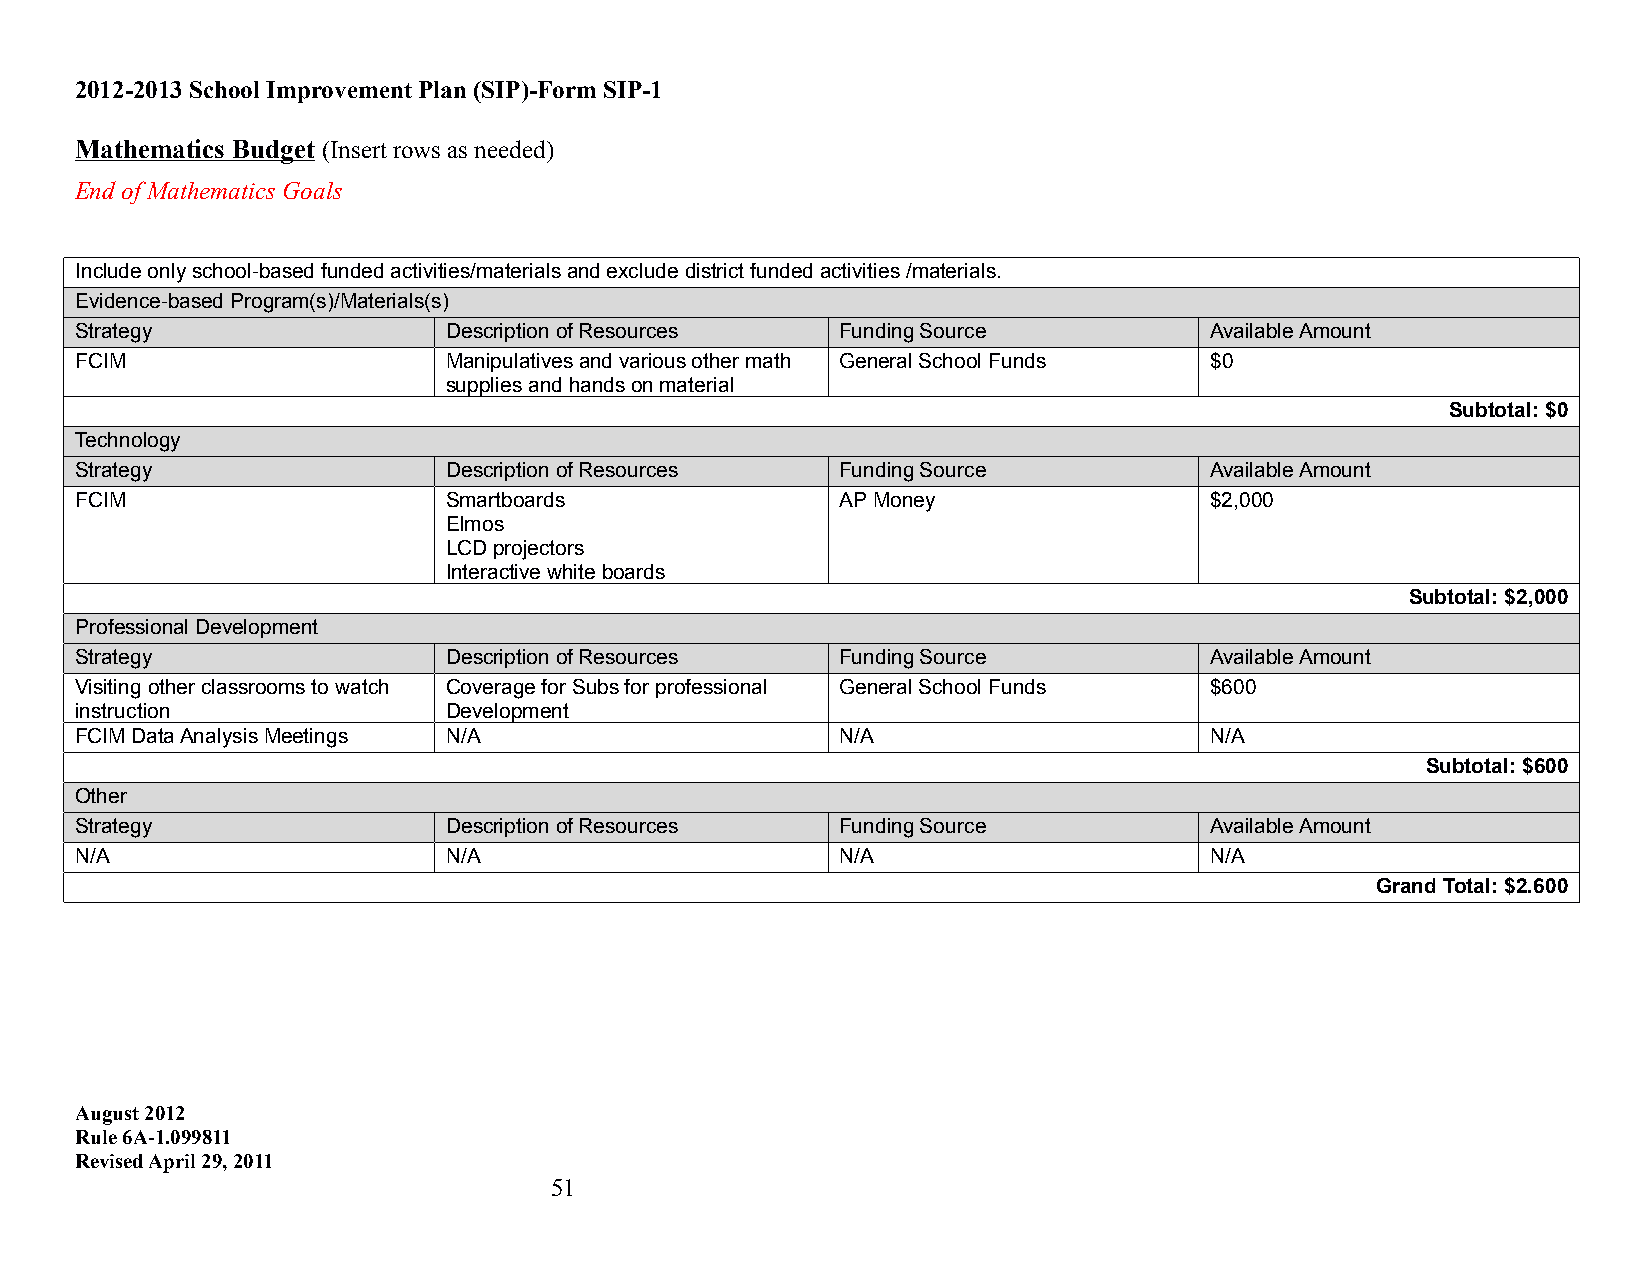
2012-2013 School Improvement Plan (SIP)-Form SIP-1
 Mathematics Budget (Insert rows as needed)
 End of Mathematics Goals
 Include only school-based funded activities/materials and exclude district funded activities /materials.
 Evidence-based Program(s)/Materials(s)
 Strategy                 Description of Resources  Funding Source          Available Amount
 FCIM                     Manipulatives and various other math General School Funds $0
 supplies and hands on material
 Subtotal: $0
 Technology
 Strategy                 Description of Resources  Funding Source          Available Amount
 FCIM                     Smartboards               AP Money                $2,000
 Elmos
 LCD projectors
 Interactive white boards
 Subtotal: $2,000
 Professional Development
 Strategy                 Description of Resources  Funding Source          Available Amount
 Visiting other classrooms to watch Coverage for Subs for professional General School Funds $600
 instruction              Development
 FCIM Data Analysis Meetings N/A                    N/A                     N/A
 Subtotal: $600
 Other
 Strategy                 Description of Resources  Funding Source          Available Amount
 N/A                      N/A                       N/A                     N/A
 Grand Total: $2.600
 August 2012
 Rule 6A-1.099811
 Revised April 29, 2011
 51